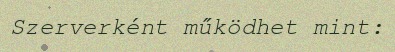
Szerverként működhet mint: